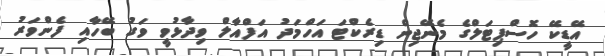
އޭޑީކޭ ހޮސްޕިޓަލްގެ މެނޭޖިން ޑިރެކްޓަ އަހްމަދު އަފްއާލް ވިދާޅުވީ ވަގު ބޭހާއި ފެންވަރު